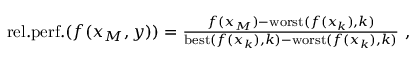
\begin{array} { r } { \mathrm { r e l . p e r f . } ( f ( x _ { M } , y ) ) = \frac { f ( x _ { M } ) - \mathrm { w o r s t } ( f ( x _ { k } ) , k ) } { \mathrm { b e s t } ( f ( x _ { k } ) , k ) - \mathrm { w o r s t } ( f ( x _ { k } ) , k ) } \ , } \end{array}